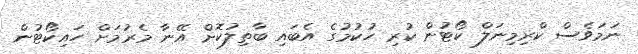
ނަމަވެސް ކްރިމިނަލް ކޯޓުން ކުރި ހުކުމުގެ އެބައި ބާތިލުކޮށް އޭނާ މެރުމަށް ހައިކޯޓުން